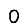
Digit: 0